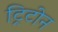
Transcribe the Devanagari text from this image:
ट्रिटोन